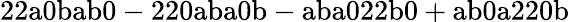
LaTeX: \mathrm{22a0bab0-220aba0b-aba022b0+ab0a220b}